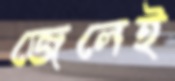
জেলেই